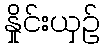
နှိုင်းယှဉ်